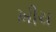
ખીચ